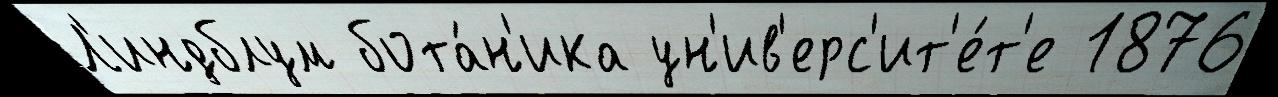
Л'индблум бота́н'ика ун'ив'ерс'ит'е́т'е 1876